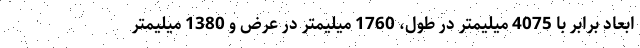
ابعاد برابر با 4075 میلیمتر در طول، 1760 میلیمتر در عرض و 1380 میلیمتر